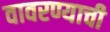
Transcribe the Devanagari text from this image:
वावरण्याची